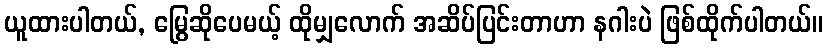
ယူထားပါတယ်, မြွေဆိုပေမယ့် ထိုမျှလောက် အဆိပ်ပြင်းတာဟာ နဂါးပဲ ဖြစ်ထိုက်ပါတယ်။